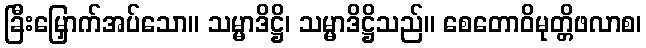
ခြီးမြှောက်အပ်သော။ သမ္မာဒိဋ္ဌိ၊ သမ္မာဒိဋ္ဌိသည်။ စေတောဝိမုတ္တိဖလာစ၊